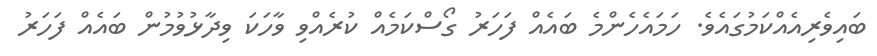
ބައިވެރިއެއްކަމުގައެވެ. ހަމައެހެންމެ ބައެއް ފަހަރު ގޯސްކަމެއް ކުރެއްވި ވާހަކަ ވިދާޅުވުމުން ބައެއް ފަހަރު